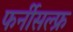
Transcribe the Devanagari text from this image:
फर्नीसल्फ्र